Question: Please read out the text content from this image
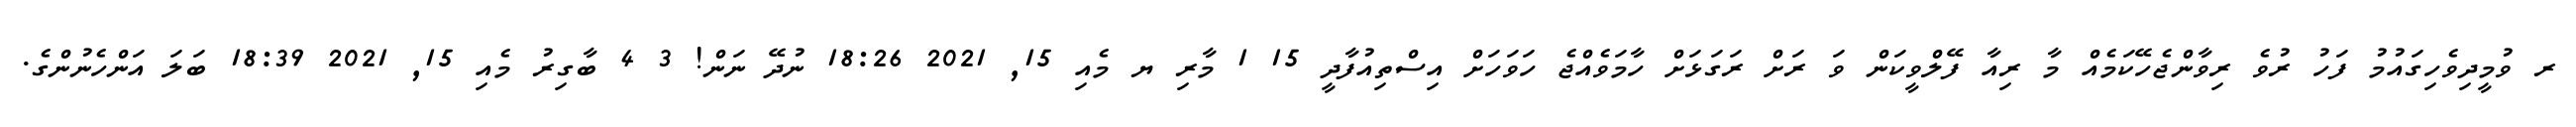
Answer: ރ ވުމީދިވެހިގައުމު ފަހު ރުވެ ރިވާންޖެހޭކަމެއް މާ ރިއާ ފޭލްވީކަން ވަ ރަށް ރަގަޅަށް ހާމަވެއްޖެ ހަވަހަށް އިސްތިއުފާދީ 15 1 މާރި ޔ މެއި 15, 2021 18:26 ނުދޭ ނަން! 3 4 ބާގިރު މެއި 15, 2021 18:39 ބަލަ އަންހެނުންގެ.